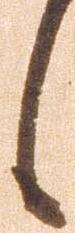
候